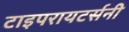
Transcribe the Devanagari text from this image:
टाइपरायटर्सनी